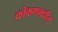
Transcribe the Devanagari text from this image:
कोकणमधील